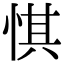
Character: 㥍